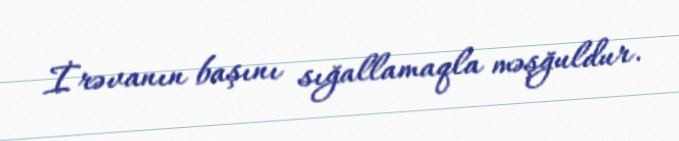
İrəvanın başını sığallamaqla məşğuldur.